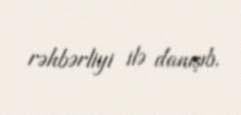
rəhbərliyi ilə danışıb.